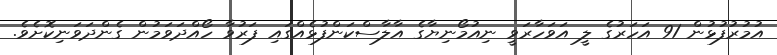
އުމުރުފުޅުން 91 އަހަރުގެ ލީ އަވަހާރަވީ ނިއުމޯނިޔާގެ އާލާސްކަންފުޅެއްގައި ފަރުވާ ހޯއްދަވަމުން ގެންދަވަނިކޮށެވެ.